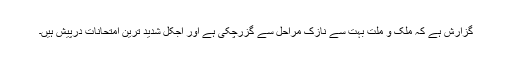
گزارش ہے کہ ملک و ملت بہت سے نازک مراحل سے گزرچکی ہے اور آجکل شدید ترین امتحانات درپیش ہیں۔